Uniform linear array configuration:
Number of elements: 8
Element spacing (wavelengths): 0.25
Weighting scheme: hann
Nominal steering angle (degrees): -60
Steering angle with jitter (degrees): -60.607
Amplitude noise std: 0.05
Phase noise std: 0.05

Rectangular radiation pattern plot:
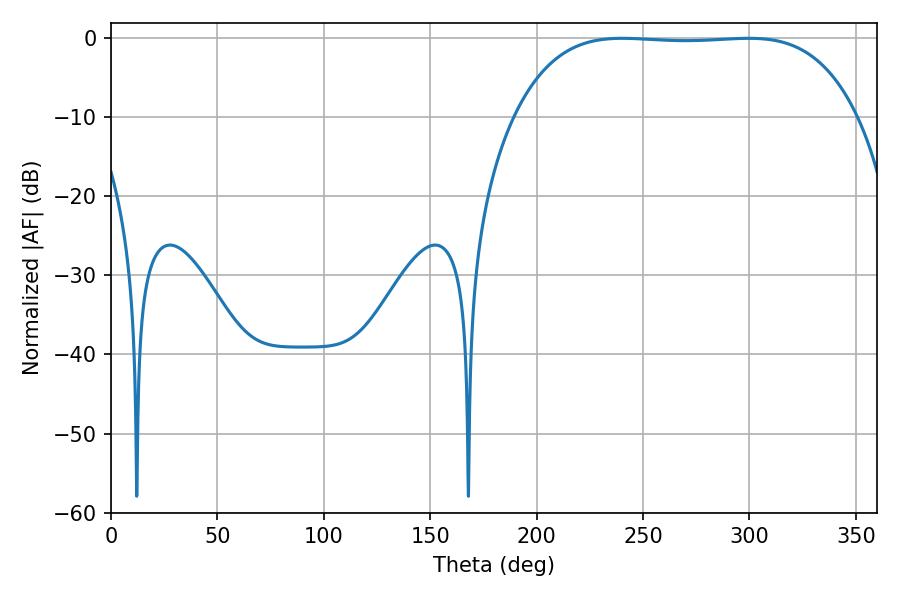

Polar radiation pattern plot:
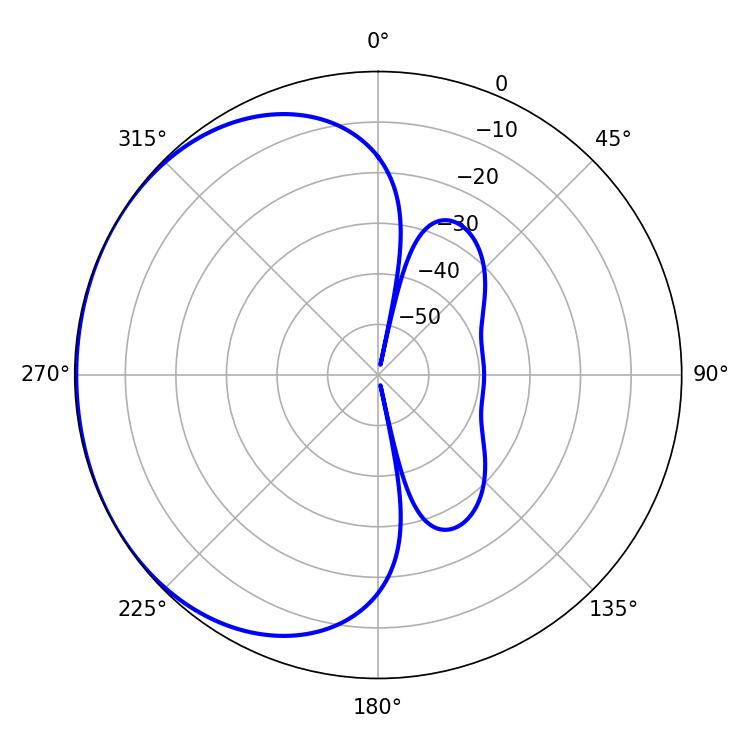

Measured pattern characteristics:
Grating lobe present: FALSE
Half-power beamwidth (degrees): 125.28
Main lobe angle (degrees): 240.3